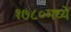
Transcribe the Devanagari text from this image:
१७८०मध्ये